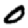
Digit: 0